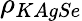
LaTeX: \rho_{KAgSe}